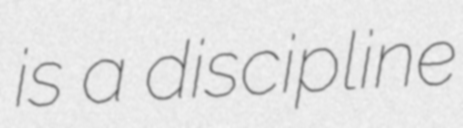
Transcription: is a discipline